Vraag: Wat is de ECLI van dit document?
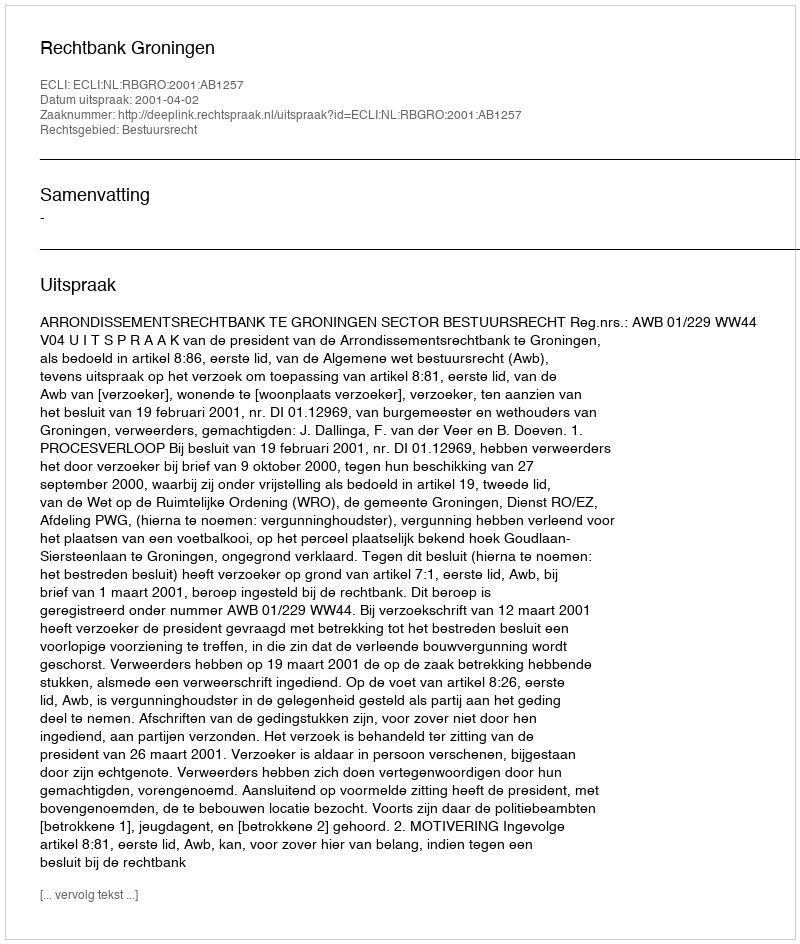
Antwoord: ECLI:NL:RBGRO:2001:AB1257